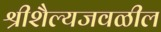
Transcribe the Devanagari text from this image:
श्रीशैल्यजवळील